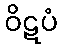
ဝိဋပံ